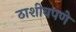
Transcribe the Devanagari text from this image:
ठाशीवपणे